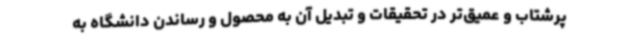
پرشتاب و عمیق‌تر در تحقیقات و تبدیل آن به محصول و رساندن دانشگاه به